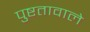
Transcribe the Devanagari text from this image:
पुष्टतावाले